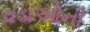
વડાઓની